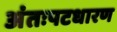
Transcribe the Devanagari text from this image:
अंतःपटधारण